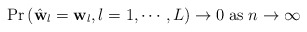
\begin{align*}\Pr\left(\hat{\mathbf{w}}_{l}=\mathbf{w}_{l},l=1,\cdots,L\right)\to0\;\textrm{as}\; n\to\infty\end{align*}